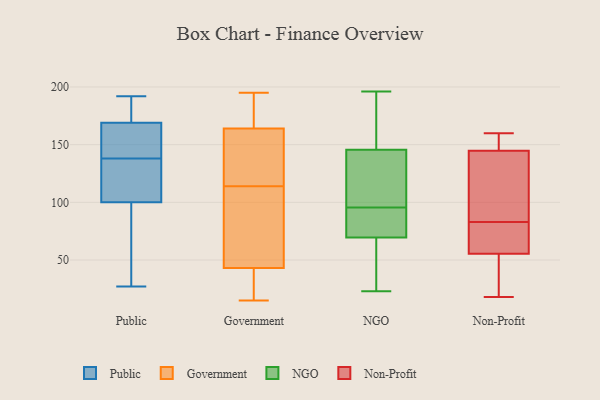
{"axis": {"x": "Customer Acquisition Cost (USD)", "y": "Value"}, "legend": ["Government", "NGO", "Non-Profit", "Public"], "data": [{"x": "", "y": 72, "type": "Public"}, {"x": "", "y": 100, "type": "Public"}, {"x": "", "y": 27, "type": "Public"}, {"x": "", "y": 162, "type": "Public"}, {"x": "", "y": 114, "type": "Public"}, {"x": "", "y": 192, "type": "Public"}, {"x": "", "y": 176, "type": "Public"}, {"x": "", "y": 100, "type": "Public"}, {"x": "", "y": 167, "type": "Public"}, {"x": "", "y": 169, "type": "Public"}, {"x": "", "y": 43, "type": "Government"}, {"x": "", "y": 183, "type": "Government"}, {"x": "", "y": 42, "type": "Government"}, {"x": "", "y": 157, "type": "Government"}, {"x": "", "y": 195, "type": "Government"}, {"x": "", "y": 22, "type": "Government"}, {"x": "", "y": 137, "type": "Government"}, {"x": "", "y": 15, "type": "Government"}, {"x": "", "y": 83, "type": "Government"}, {"x": "", "y": 91, "type": "Government"}, {"x": "", "y": 174, "type": "Government"}, {"x": "", "y": 164, "type": "Government"}, {"x": "", "y": 88, "type": "Government"}, {"x": "", "y": 150, "type": "Government"}, {"x": "", "y": 100, "type": "NGO"}, {"x": "", "y": 67, "type": "NGO"}, {"x": "", "y": 196, "type": "NGO"}, {"x": "", "y": 23, "type": "NGO"}, {"x": "", "y": 188, "type": "NGO"}, {"x": "", "y": 82, "type": "NGO"}, {"x": "", "y": 91, "type": "NGO"}, {"x": "", "y": 171, "type": "NGO"}, {"x": "", "y": 72, "type": "NGO"}, {"x": "", "y": 100, "type": "NGO"}, {"x": "", "y": 88, "type": "NGO"}, {"x": "", "y": 24, "type": "NGO"}, {"x": "", "y": 145, "type": "NGO"}, {"x": "", "y": 142, "type": "NGO"}, {"x": "", "y": 146, "type": "NGO"}, {"x": "", "y": 57, "type": "NGO"}, {"x": "", "y": 83, "type": "Non-Profit"}, {"x": "", "y": 150, "type": "Non-Profit"}, {"x": "", "y": 153, "type": "Non-Profit"}, {"x": "", "y": 42, "type": "Non-Profit"}, {"x": "", "y": 24, "type": "Non-Profit"}, {"x": "", "y": 138, "type": "Non-Profit"}, {"x": "", "y": 64, "type": "Non-Profit"}, {"x": "", "y": 18, "type": "Non-Profit"}, {"x": "", "y": 60, "type": "Non-Profit"}, {"x": "", "y": 103, "type": "Non-Profit"}, {"x": "", "y": 61, "type": "Non-Profit"}, {"x": "", "y": 160, "type": "Non-Profit"}, {"x": "", "y": 143, "type": "Non-Profit"}]}